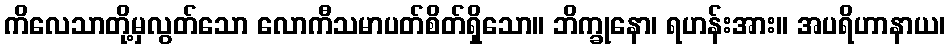
ကိလေသာတို့မှလွတ်သော လောကီသမာပတ်စိတ်ရှိသော။ ဘိက္ခုနော၊ ရဟန်းအား။ အပရိဟာနာယ၊